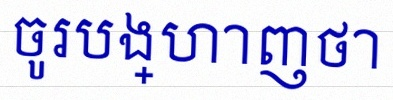
ចូរបង្ហាញថា